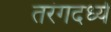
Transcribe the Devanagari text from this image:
तरंगदर्ध्य